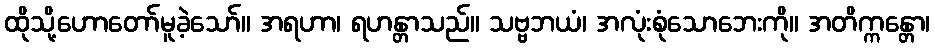
ထိုသို့ဟောတော်မူခဲ့သော်။ အရဟာ၊ ရဟန္တာသည်။ သဗ္ဗဘယံ၊ အလုံးစုံသောဘေးကို။ အတိက္ကန္တော၊